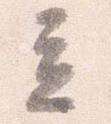
立